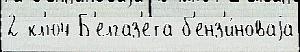
2 кл'юч Б'елгаз'ета б'енз'и́новаjа